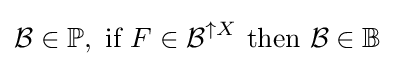
{\mathcal {B}}\in \mathbb {P} ,{\text{ if }}F\in {\mathcal {B}}^{\uparrow X}{\text{ then }}{\mathcal {B}}\in \mathbb {B}